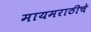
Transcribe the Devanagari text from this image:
मायमराठीचे